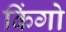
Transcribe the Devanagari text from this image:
किंगो